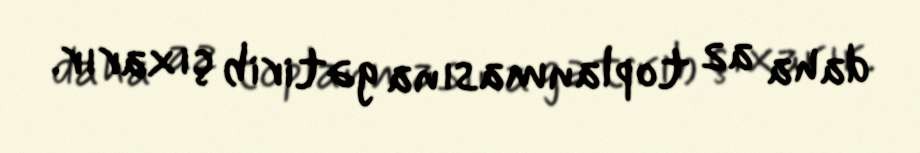
daha az toplanmasına gətirib çıxarır.